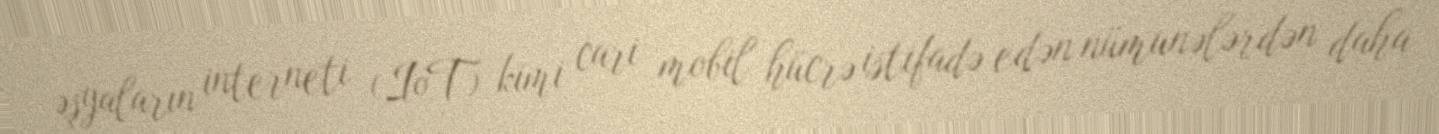
əşyaların interneti (IoT) kimi cari mobil hücrə istifadə edən nümunələrdən daha